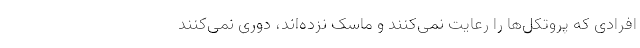
افرادی که پروتکل‌ها را رعایت نمی‌کنند و ماسک نزده‌اند، دوری نمی‌کنند